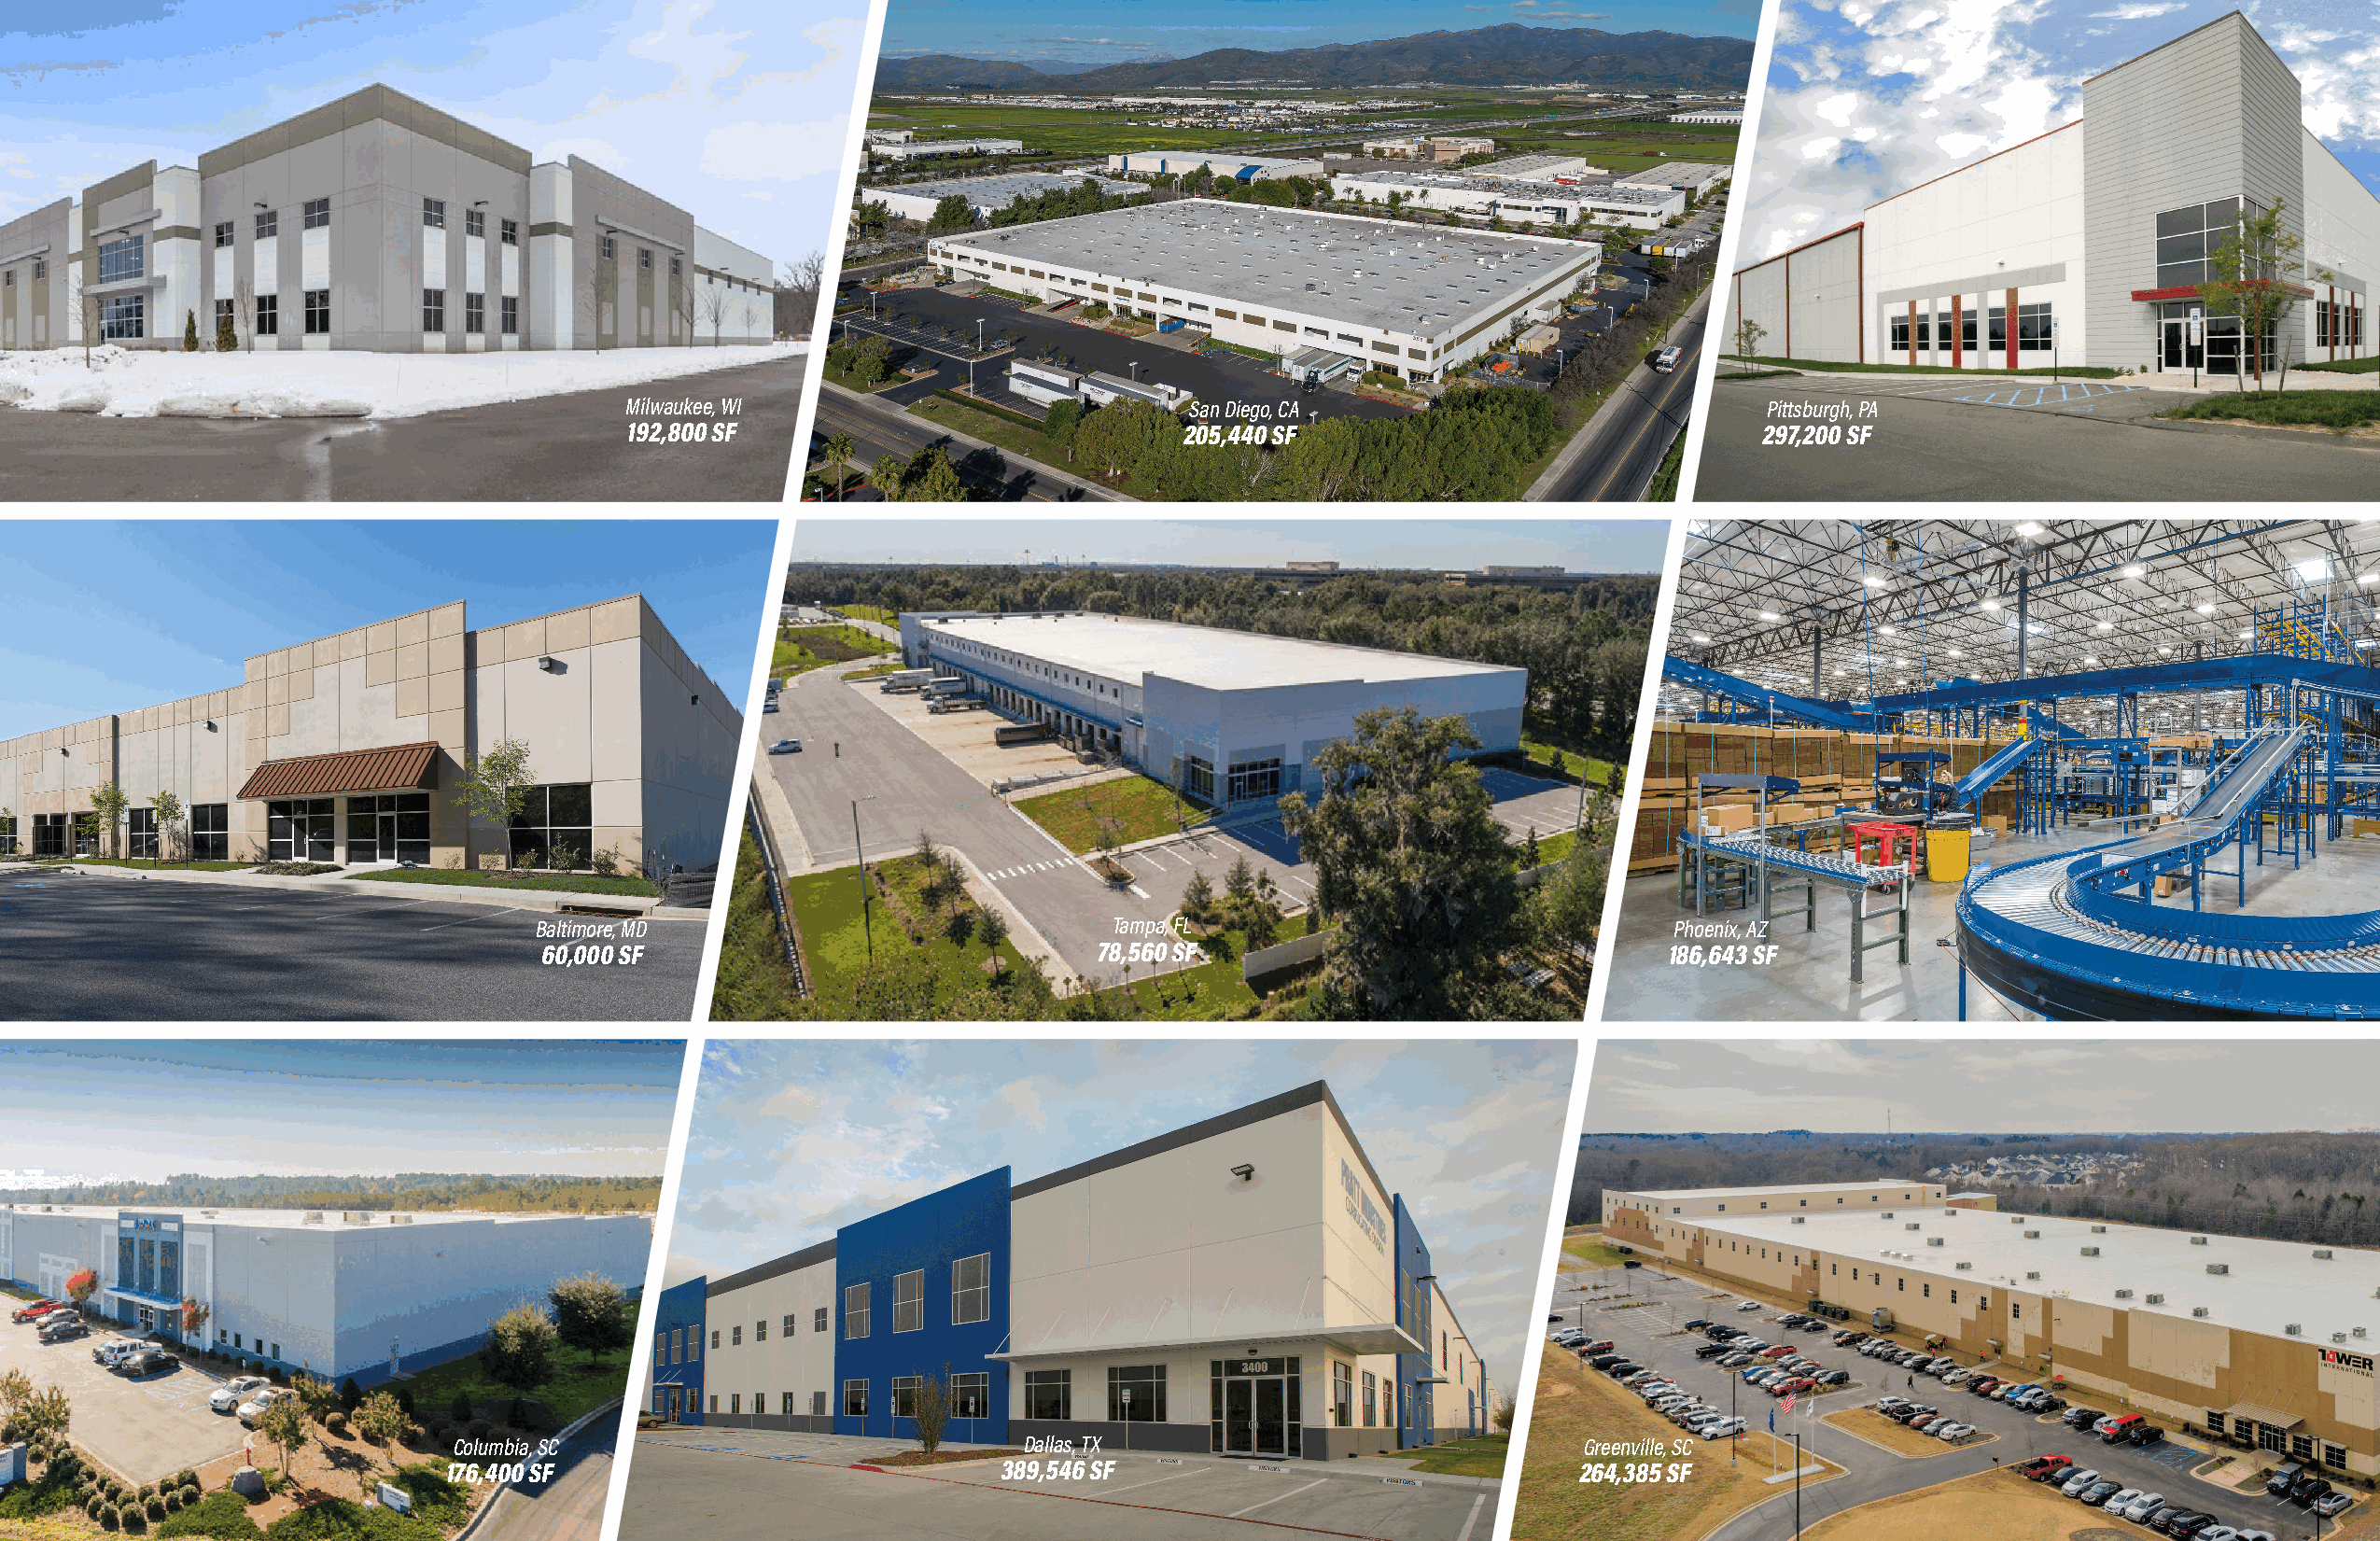
Milwaukee, WI                           San Diego, CA                            Pittsburgh, PA
 192,800 SF                              205,440 SF                               297,200 SF
 Baltimore, MD                            Tampa, FL                               Phoenix, AZ
 60,000 SF                               78,560 SF                               186,643 SF
 Columbia, SC                            Dallas, TX                              Greenville, SC
 176,400 SF                              389,546 SF                               264,385 SF